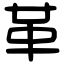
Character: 革